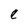
Character: e